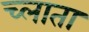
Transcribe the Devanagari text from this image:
च्लाता